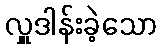
လှူဒါန်းခဲ့သော